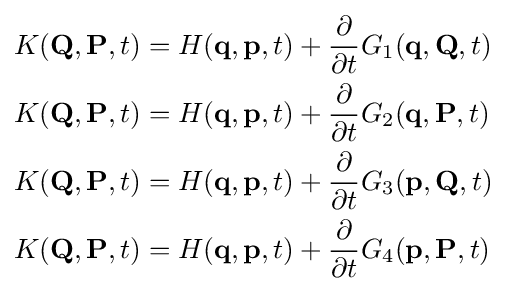
{\begin{aligned}&K(\mathbf {Q} ,\mathbf {P} ,t)=H(\mathbf {q} ,\mathbf {p} ,t)+{\frac {\partial }{\partial t}}G_{1}(\mathbf {q} ,\mathbf {Q} ,t)\\&K(\mathbf {Q} ,\mathbf {P} ,t)=H(\mathbf {q} ,\mathbf {p} ,t)+{\frac {\partial }{\partial t}}G_{2}(\mathbf {q} ,\mathbf {P} ,t)\\&K(\mathbf {Q} ,\mathbf {P} ,t)=H(\mathbf {q} ,\mathbf {p} ,t)+{\frac {\partial }{\partial t}}G_{3}(\mathbf {p} ,\mathbf {Q} ,t)\\&K(\mathbf {Q} ,\mathbf {P} ,t)=H(\mathbf {q} ,\mathbf {p} ,t)+{\frac {\partial }{\partial t}}G_{4}(\mathbf {p} ,\mathbf {P} ,t)\\\end{aligned}}